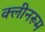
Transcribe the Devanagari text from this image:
क्लीनरूम